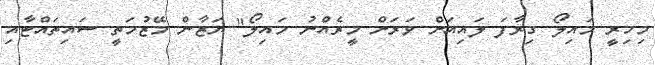
މިހިރީ މައިލޯ ގިރާފަ ލައިއަށް ވަރަށް މީރެއްނު މައިލޯ" ޔަޒާން މޭޒުމަތީ ސައިތައްޓާއި